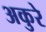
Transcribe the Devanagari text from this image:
अकुरे